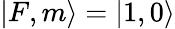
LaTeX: |F,m\rangle=|1,0\rangle